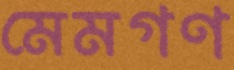
মেমগণ